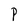
Character: P